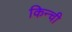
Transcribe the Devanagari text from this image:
किन्ची